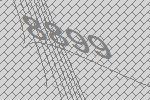
8899